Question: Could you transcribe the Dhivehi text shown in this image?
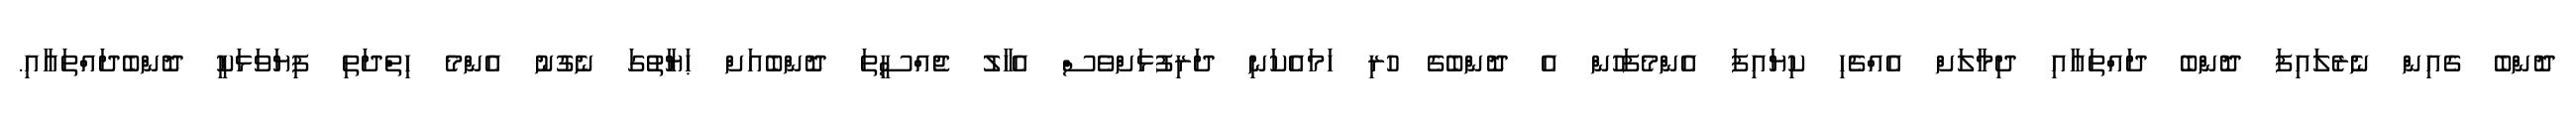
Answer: ދޮންބެ ގެއިން ނެރެލައިފަ ދޮންބެ ދައްތައާއި ދިމާލަށް އެއްޗެހި ކިޔައިފަ އެންމެފަހުން އެ ދޮންބެގެ ހުރި ހަމައެކަނި ދަރިފުޅަށްވެސް އެހާލު ޖެއްސީތަ ދޮންބެއަށް ޙަޔާތުގަ ނެގުނު އެންމެ ހިތްދަތި ފިޔަވަޅަކީ ދޮންބެދައްތައާއި.